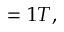
= 1 T ,